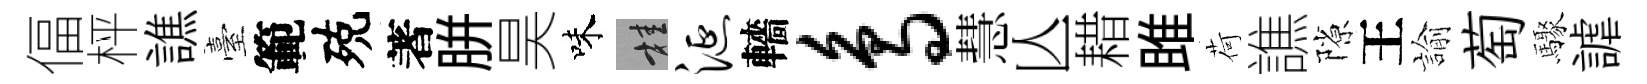
偪枰譙臺範殑著胼昊味桂涎轖鸟慧亾耤雎荷譙隙王諭萄驟謔